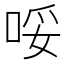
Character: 哸